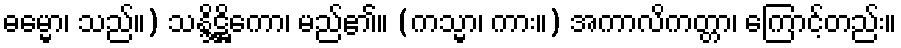
ဓမ္မော၊ သည်။) သန္ဒိဋ္ဌိကော၊ မည်၏။ (ကသ္မာ၊ ကား။) အကာလိကတ္တာ၊ ကြောင့်တည်း။